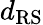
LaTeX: d_{\mathrm{RS}}